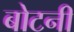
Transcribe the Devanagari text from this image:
बोटनी